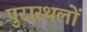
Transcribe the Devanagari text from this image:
पुरास्थलों